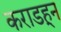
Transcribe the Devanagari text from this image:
कराडहून